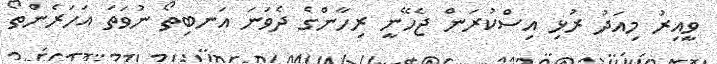
ވީއިރު މިއަދު ރުޅި އިސްކުރަން ޖެހޭނީ ރިހާންގެ ދެވަނަ އަނބިތޯ ނުވަތަ އަހަރެންތޯ